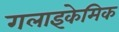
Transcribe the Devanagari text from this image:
गलाइकेमिक